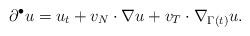
LaTeX: \begin{align*}\partial^\bullet u = u_t + v_N \cdot \nabla u + v_T \cdot \nabla_{\Gamma(t)} u.\end{align*}